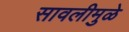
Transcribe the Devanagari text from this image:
सावलीमुळे